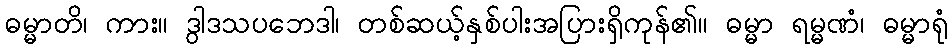
ဓမ္မာတိ၊ ကား။ ဒွါဒသပဘေဒါ၊ တစ်ဆယ့်နှစ်ပါးအပြားရှိကုန်၏။ ဓမ္မာ ရမ္မဏံ၊ ဓမ္မာရုံ